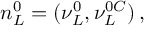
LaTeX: n _ { L } ^ { \tiny { 0 } } = ( \nu _ { L } ^ { \tiny { 0 } } , { \nu } _ { L } ^ { \tiny { 0 } C } ) \, ,